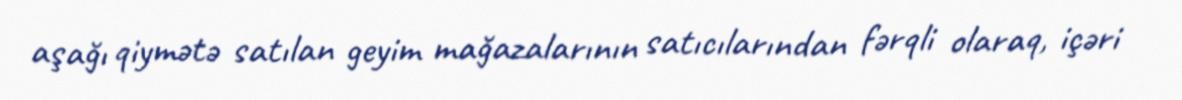
aşağı qiymətə satılan geyim mağazalarının satıcılarından fərqli olaraq, içəri